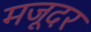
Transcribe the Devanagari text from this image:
मजूदर